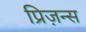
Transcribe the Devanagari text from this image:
प्रिज़न्स